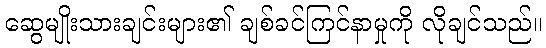
ဆွေမျိုးသားချင်းများ၏ ချစ်ခင်ကြင်နာမှုကို လိုချင်သည်။